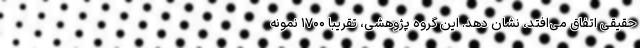
حقیقی اتفاق می‌افتد، نشان دهد. این گروه پژوهشی، تقریبا ۱۷۰۰ نمونه